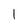
Character: 1